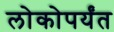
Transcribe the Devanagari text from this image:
लोकोपर्यंत